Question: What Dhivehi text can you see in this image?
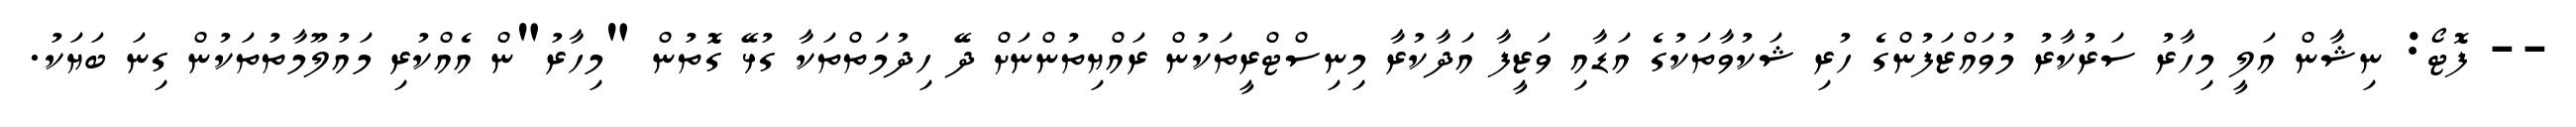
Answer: -- ފޮޓޯ: ނިޝާން އަލީ މިހާރު ސަރުކާރު މުވައްޒަފުންގެ ހުރި ޝަކުވާތަކުގެ އަޑާއި ވަޒީފާ އަދާކުރާ މިނިސްޓްރީތަކުން ރައްޔިތުންނަށް ދޭ ހިދުމަތްތަކާ ގުޅޭ ގޮތުން "މިހާރު"ން އެއްކުރި މައުލޫމާތުތަކުން ގިނަ ބަޔަކު.